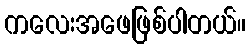
ကလေးအဖေဖြစ်ပါတယ်။